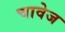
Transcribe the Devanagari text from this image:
चावेज